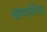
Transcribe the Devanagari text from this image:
खपलीचा